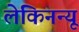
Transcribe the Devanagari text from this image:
लेकिनन्यू